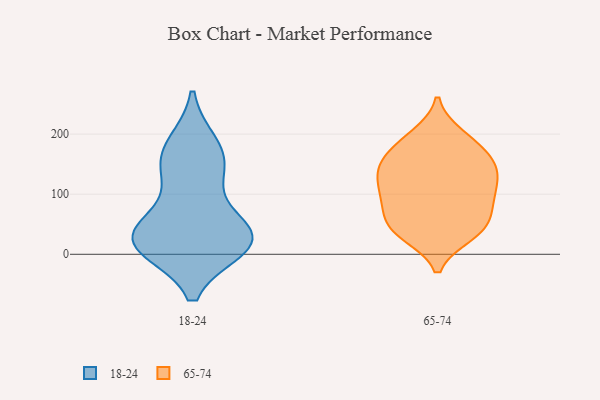
{"axis": {"x": "Waste Production (Tons)", "y": "Value"}, "legend": ["18-24", "65-74"], "data": [{"x": "", "y": 16, "type": "18-24"}, {"x": "", "y": 170, "type": "18-24"}, {"x": "", "y": 35, "type": "18-24"}, {"x": "", "y": 35, "type": "18-24"}, {"x": "", "y": 13, "type": "18-24"}, {"x": "", "y": 30, "type": "18-24"}, {"x": "", "y": 12, "type": "18-24"}, {"x": "", "y": 182, "type": "18-24"}, {"x": "", "y": 125, "type": "18-24"}, {"x": "", "y": 146, "type": "18-24"}, {"x": "", "y": 39, "type": "18-24"}, {"x": "", "y": 148, "type": "65-74"}, {"x": "", "y": 169, "type": "65-74"}, {"x": "", "y": 194, "type": "65-74"}, {"x": "", "y": 112, "type": "65-74"}, {"x": "", "y": 177, "type": "65-74"}, {"x": "", "y": 79, "type": "65-74"}, {"x": "", "y": 198, "type": "65-74"}, {"x": "", "y": 117, "type": "65-74"}, {"x": "", "y": 85, "type": "65-74"}, {"x": "", "y": 79, "type": "65-74"}, {"x": "", "y": 41, "type": "65-74"}, {"x": "", "y": 46, "type": "65-74"}, {"x": "", "y": 141, "type": "65-74"}, {"x": "", "y": 95, "type": "65-74"}, {"x": "", "y": 144, "type": "65-74"}, {"x": "", "y": 41, "type": "65-74"}, {"x": "", "y": 122, "type": "65-74"}, {"x": "", "y": 150, "type": "65-74"}, {"x": "", "y": 33, "type": "65-74"}, {"x": "", "y": 39, "type": "65-74"}]}